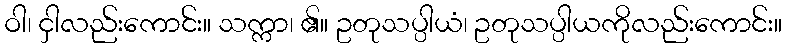
ဝါ၊ ငှါလည်းကောင်း။ သက္ကာ၊ ၏။ ဥတုသပ္ပါယံ၊ ဥတုသပ္ပါယကိုလည်းကောင်း။